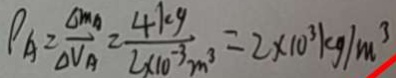
\rho _ { A } = \frac { \Delta m _ { A } } { \Delta V _ { A } } = \frac { 4 k g } { 2 \times 1 0 ^ { - 3 } m ^ { 3 } } = 2 \times 1 0 ^ { 3 } k g / m ^ { 3 }